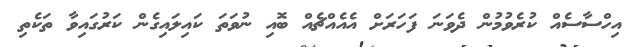
އިހްސާސެއް ކުރެވުމުން ދެވަނަ ފަހަރަށް އެއެއްޗެއް ބޮއި ނުވަތަ ކައިލައިގެން ކަރުގައިވާ ތަކެތި